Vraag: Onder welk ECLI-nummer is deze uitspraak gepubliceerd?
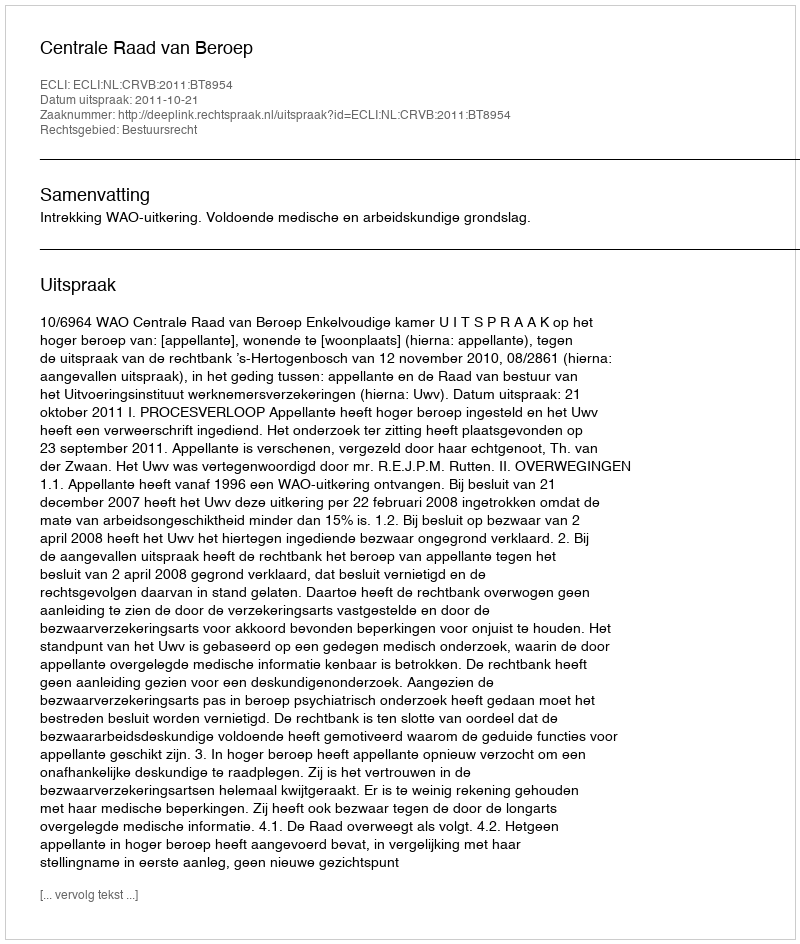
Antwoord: ECLI:NL:CRVB:2011:BT8954